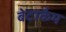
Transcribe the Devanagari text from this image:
बेटाकैम